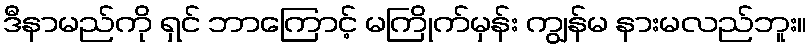
ဒီနာမည်ကို ရှင် ဘာကြောင့် မကြိုက်မှန်း ကျွန်မ နားမလည်ဘူး။